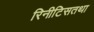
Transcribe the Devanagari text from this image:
रिनीटिसतथा